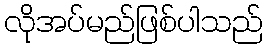
လိုအပ်မည်ဖြစ်ပါသည်